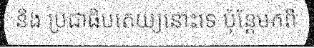
និង ប្រជាធិបតេយ្យនោះទេ ប៉ុន្តែមកពី